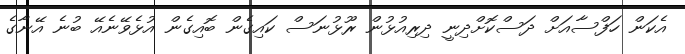
އެކަން ހަފްސާއަށް ދަސްކޮށްދިނީ ދިރިއުޅުން ރޫޅުނަސް ކައިގެން ބޮއިގެން އުޅެވޭނެއޭ ބުނެ އޭނާގެ